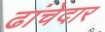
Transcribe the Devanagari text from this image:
ढांचेदार